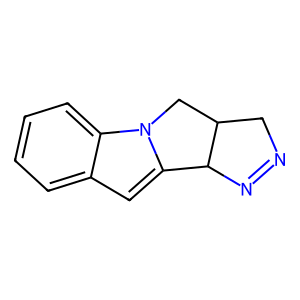
SMILES: c1ccc2c(c1)cc1n2CC2CN=NC12
Inhibits HIV replication: No